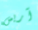
آريس